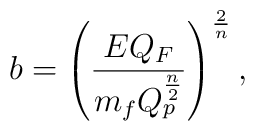
b=\left({{EQ_F}\over{m_fQ^{n\over 2}_p}}\right)^{2\over n},